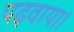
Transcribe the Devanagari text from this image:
पढ़वाया।